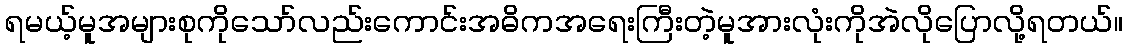
ရမယ့်မူအများစုကိုသော်လည်းကောင်းအဓိကအရေးကြီးတဲ့မူအားလုံးကိုအဲလိုပြောလို့ရတယ်။